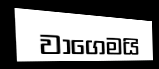
වාගෙමයි